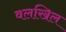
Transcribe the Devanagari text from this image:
वलखिल